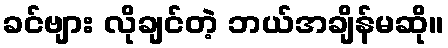
ခင်ဗျား လိုချင်တဲ့ ဘယ်အချိန်မဆို။